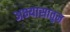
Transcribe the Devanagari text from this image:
अभ्यासातुन